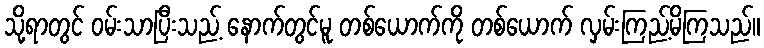
သို့ရာတွင် ဝမ်းသာပြီးသည့် နောက်တွင်မူ တစ်ယောက်ကို တစ်ယောက် လှမ်းကြည့်မိကြသည်။